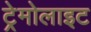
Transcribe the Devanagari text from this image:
ट्रेमोलाइट